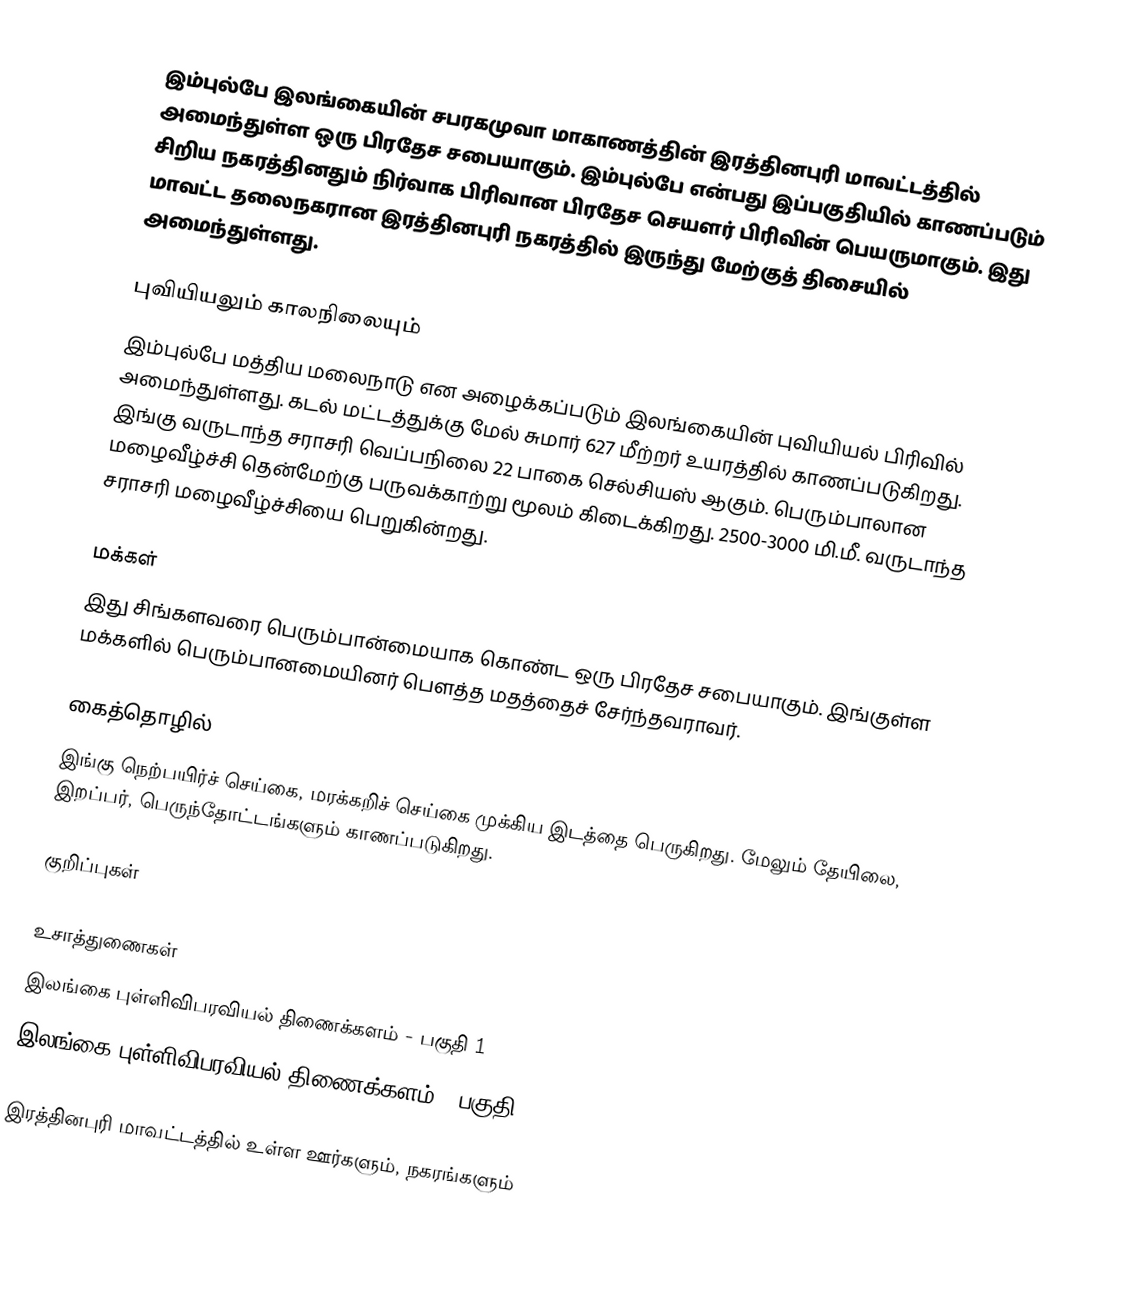
இம்புல்பே இலங்கையின் சபரகமுவா மாகாணத்தின் இரத்தினபுரி மாவட்டத்தில் அமைந்துள்ள ஒரு பிரதேச சபையாகும். இம்புல்பே என்பது இப்பகுதியில் காணப்படும்  சிறிய நகரத்தினதும் நிர்வாக பிரிவான பிரதேச செயளர் பிரிவின் பெயருமாகும். இது மாவட்ட தலைநகரான இரத்தினபுரி நகரத்தில் இருந்து  மேற்குத் திசையில்  அமைந்துள்ளது.

புவியியலும் காலநிலையும்
இம்புல்பே  மத்திய மலைநாடு என அழைக்கப்படும்  இலங்கையின் புவியியல் பிரிவில் அமைந்துள்ளது. கடல் மட்டத்துக்கு மேல் சுமார் 627 மீற்றர்  உயரத்தில் காணப்படுகிறது. இங்கு வருடாந்த சராசரி வெப்பநிலை 22 பாகை செல்சியஸ் ஆகும். பெரும்பாலான மழைவீழ்ச்சி தென்மேற்கு பருவக்காற்று மூலம் கிடைக்கிறது. 2500-3000 மி.மீ. வருடாந்த சராசரி மழைவீழ்ச்சியை பெறுகின்றது.

மக்கள்
இது சிங்களவரை பெரும்பான்மையாக கொண்ட ஒரு பிரதேச சபையாகும். இங்குள்ள மக்களில் பெரும்பானமையினர் பௌத்த மதத்தைச் சேர்ந்தவராவர்.

கைத்தொழில்
இங்கு நெற்பயிர்ச் செய்கை, மரக்கறிச் செய்கை முக்கிய இடத்தை பெருகிறது. மேலும் தேயிலை, இறப்பர், பெருந்தோட்டங்களும் காணப்படுகிறது.

குறிப்புகள்

உசாத்துணைகள்
 இலங்கை புள்ளிவிபரவியல் திணைக்களம் - பகுதி 1
 இலங்கை புள்ளிவிபரவியல் திணைக்களம் - பகுதி 2

இரத்தினபுரி மாவட்டத்தில் உள்ள ஊர்களும், நகரங்களும்